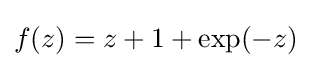
f(z)=z+1+\exp(-z)